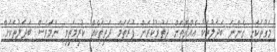
މަގުތަކަށް ގެންނަ ބަދަލުތަކާ އެއްގޮތަށް ދަތުރުކުރަން ފުރަތަަމަ ދަތިތަކެއް ކުރިމަތިވި ނަމަވެސް ބަދަލުތަކަށް